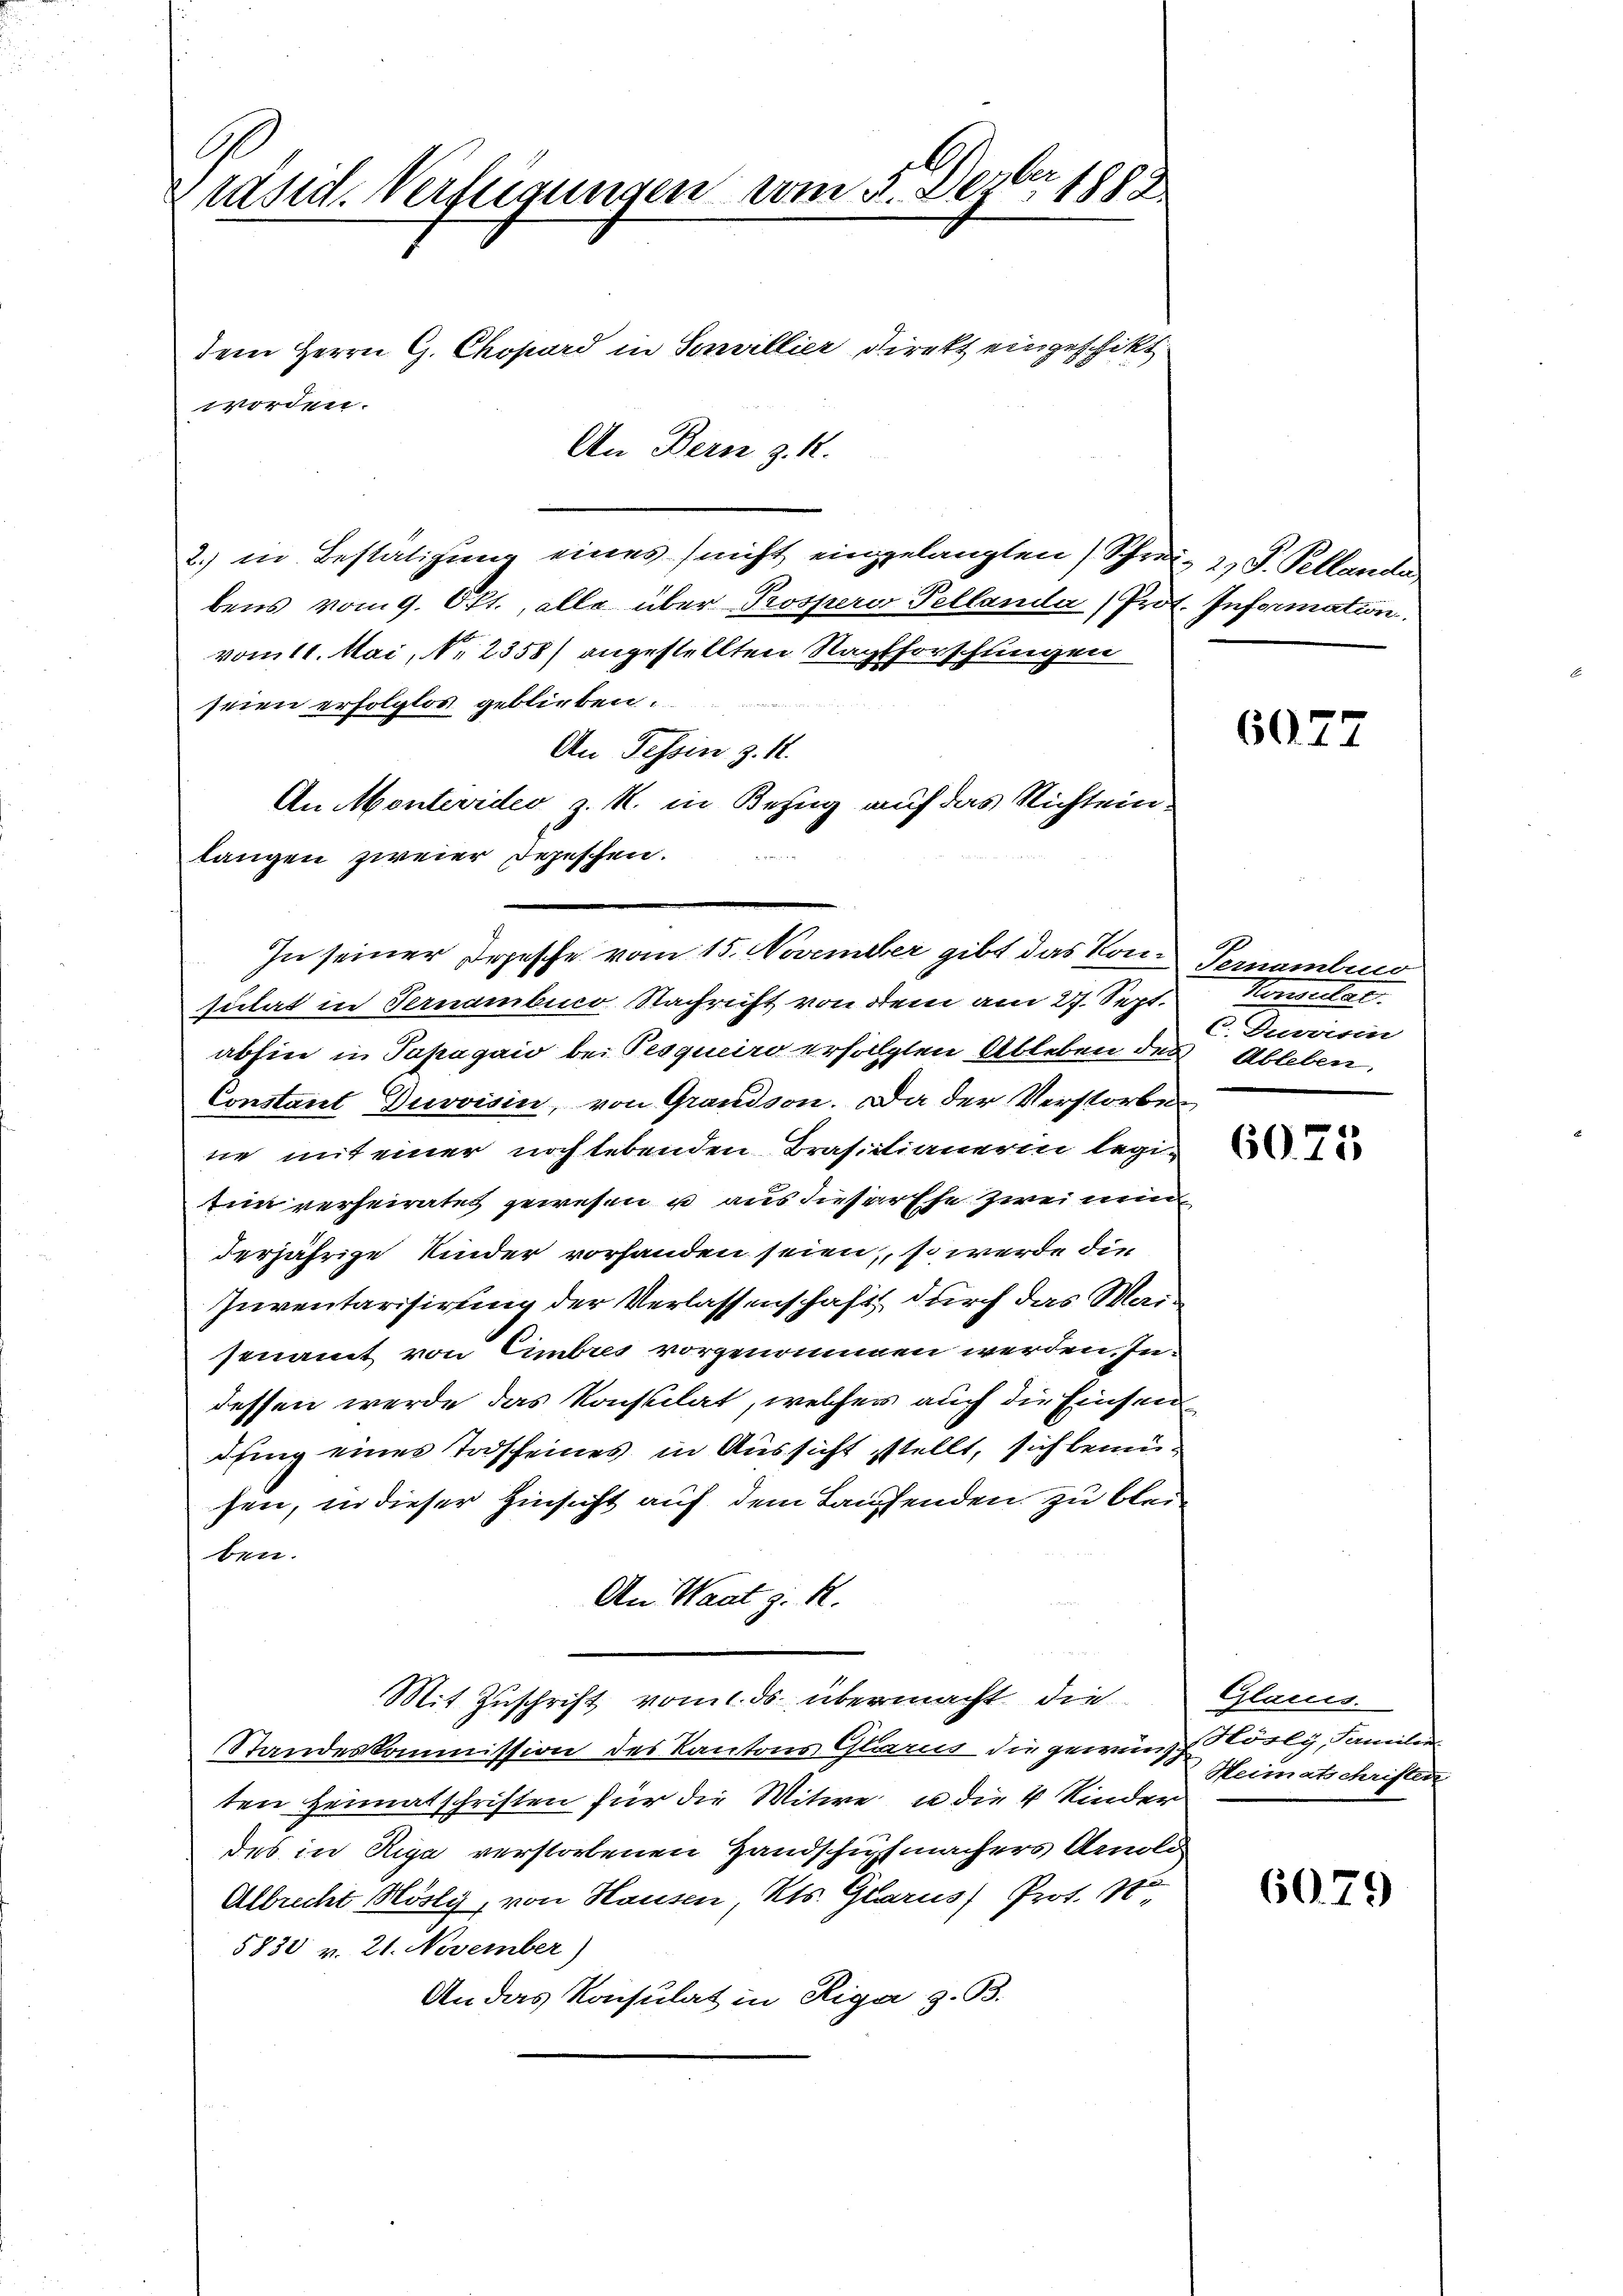
s
Präsid. Verfügungen vom 5. Dezbr 1888
dem Herrn G. Chopard in Sonvillier Direkt eingeschikt.

An Bern z. R.
2) in Bestätigung eines nicht eingelangten (Schrei- 2) S. Pellanda
bens vom 9. Okt., alle über Prosperer Pellanda (Prot. Information
vom 11. Mai, 1. 2358) angestellten Nachforschungen
seien erfolglos geblieben.
An Tessin z. K.
An Montevideo z. R. in Bezug auf das Richtein

langen zweier Depeschen.
sutat in Fernambico Nachricht von dem am 27. Sept.
abhin in Papagaio bei Pesqueiro erfolgten Ableben des Ableben.
Constant Duvoisin, von Grandson. Da der Verstorbe
ne mit einer noch lebenden Brasilianerin legitim verheiratet gewesen u aus dieser Ehe zwei und
derjährige Kinder vorhanden seien, so werde die
Inventarisirung der Verlassenschaft durch das Waisenamt von Eimbres vorgenommen werden. Indessen werde das Konsulat, welcher auch die Einsendfing eines Todscheines in Aussicht stellt, sich bemüsen, in dieser Hinsicht auf dem Laufenden zu bleiben.
An Waat z. R.
Mit Zuschrift vom 1. ds. übermacht die
Standeskommission des Kantons Glarus die gewünsch Körly, Familie
ten Heimatschriften für die Witwe un die 4 Kinder
des in Riga verstorbenen Handschupfmachers Amold
Albrecht Hösly, von Hausen, Kts. Glarus Prot. 1910
5830 v. 21. November)
An das Konsulat in Riga z. B.

worden.

In seiner Depesche vom 15. November gibt das Kon-Ternembrud

6027

Momentar.
C. Durren

6075

Glaues.
Heimatschriften

6079